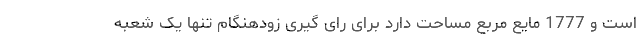
است و 1777 مایع مربع مساحت دارد برای رای گیری زودهنگام تنها یک شعبه